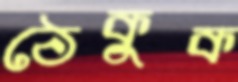
ঠেকুক